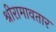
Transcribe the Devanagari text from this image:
श्रीरामावतार